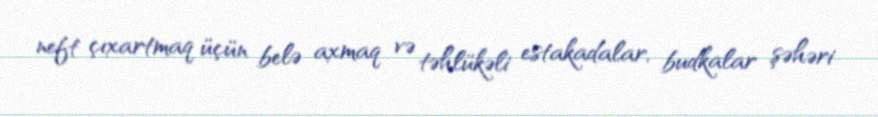
neft çıxartmaq üçün belə axmaq və təhlükəli estakadalar, budkalar şəhəri